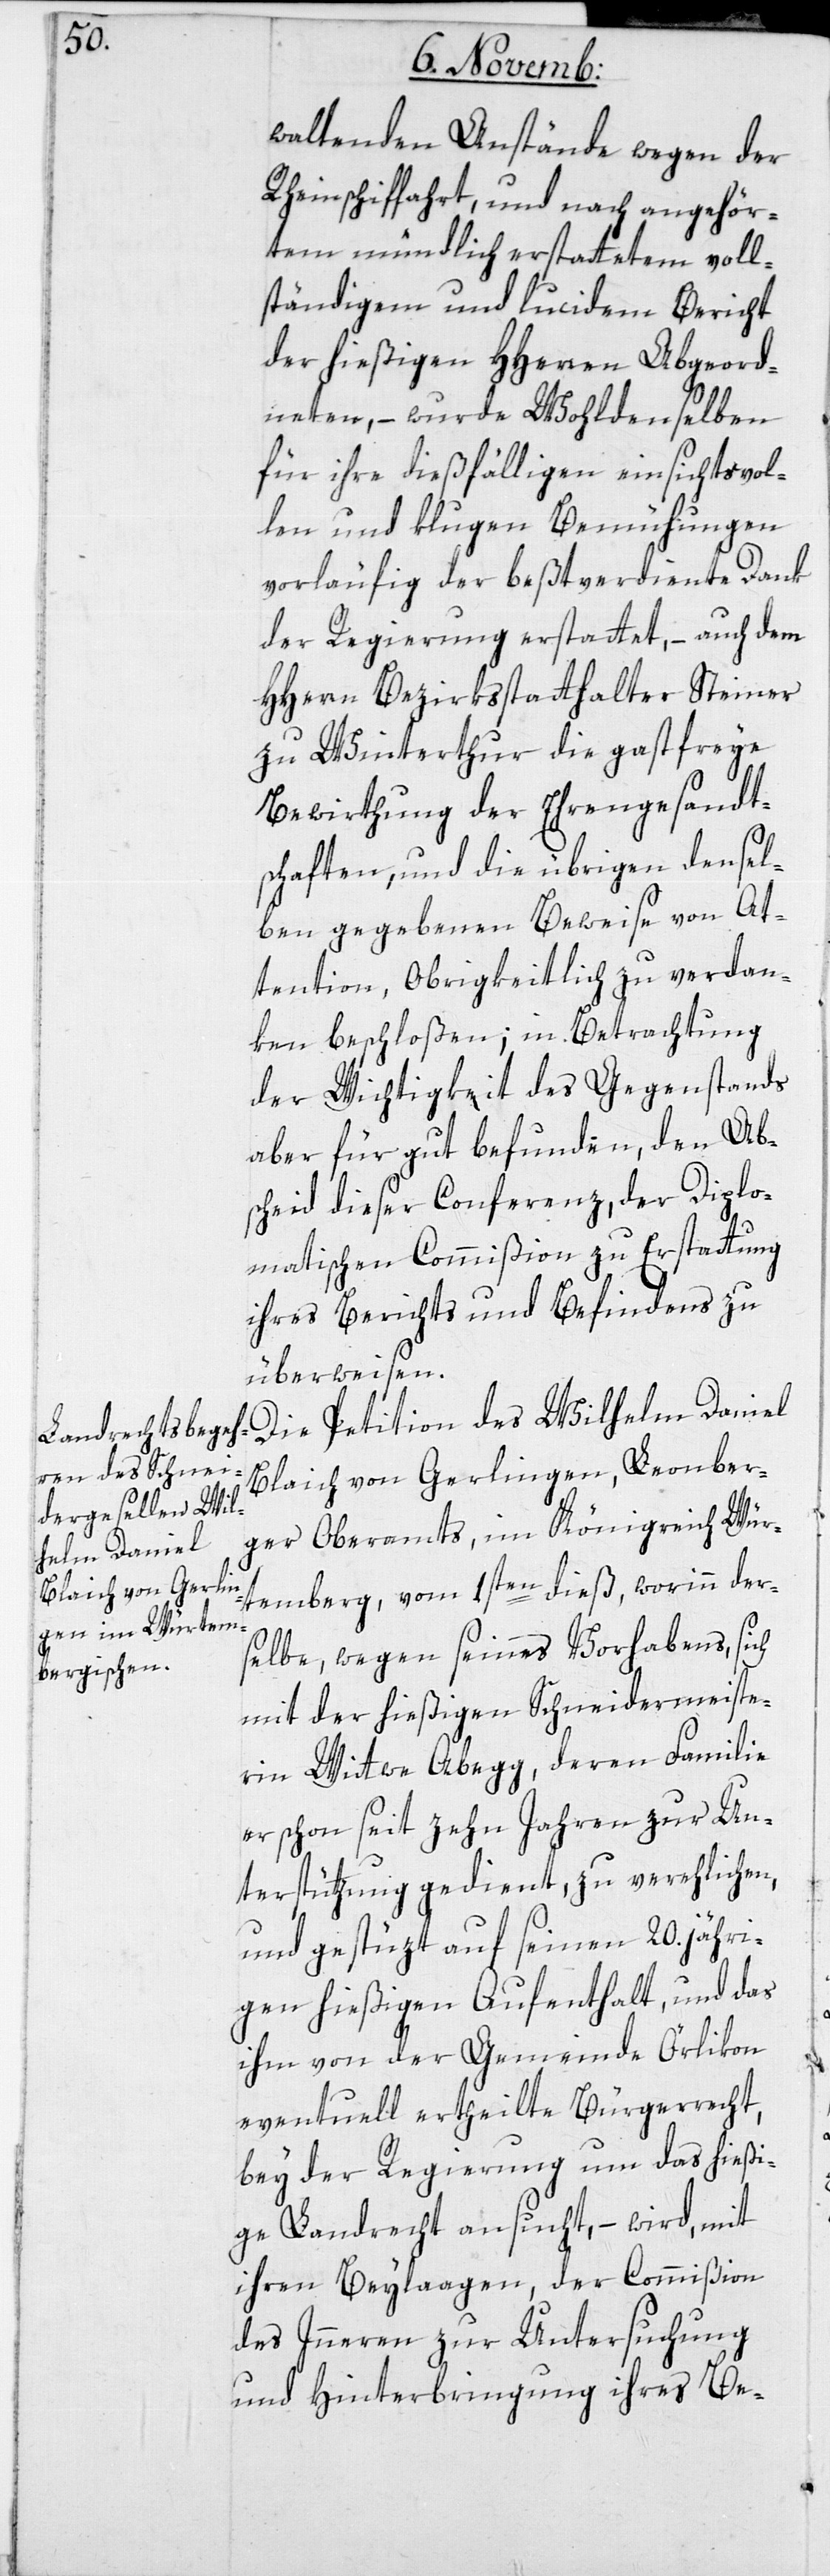
waltenden Anstände wegen der
Rheinschiffahrt, und nach angehör¬
tem mündlich erstattetem voll¬
ständigem und lucidem Bericht
der hießigen HHerren Abgeord¬
neten, – wurde Wohldenselben
für ihre dießfälligen einsichtsvol¬
len und klugen Bemühungen
vorläufig der beßtverdiente Dank
der Regierung erstattet, – auch dem
HHerren Bezirksstatthalter Steiner
zu Winterthur die gastfreie
Bewirthung der Ehrengesandt¬
schaften, und die übrigen densel¬
ben gegebenen Beweise von At¬
tention, Obrigkeitlich zu verdan¬
ken beschloßen; in Betrachtung
der Wichtigkeit des Gegenstands
aber für gut befunden, den Ab¬
scheid dieser Conferenz, der Diplo¬
matischen Commißion zu Erstattung
ihres Berichts und Befindens zu
überweisen.
Die Petition des Wilhelm Daniel
Blaich von Gerlingen, Leonber¬
ger Oberamts, im Königreich Wür¬
temberg, vom 1sten dieß, worinn der¬
selbe, wegen seines Vorhabens, sich
mit der hießigen Schneidermeiste¬
rin Wittwe Abegg, deren Familie
er schon seit zehn Jahren zur Un¬
terstützung gedient, zu verehlichen,
und gestüzt auf seinen 20.jähri¬
gen hießigen Aufenthalt, und das
ihm von der Gemeinde Örlikon
eventuell ertheilte Bürgerrecht,
bey der Regierung um das hießi¬
ge Landrecht ansucht, – wird, mit
ihren Beylagen, der Commißion
des Inneren zur Untersuchung
und Hinterbringung ihres Be-